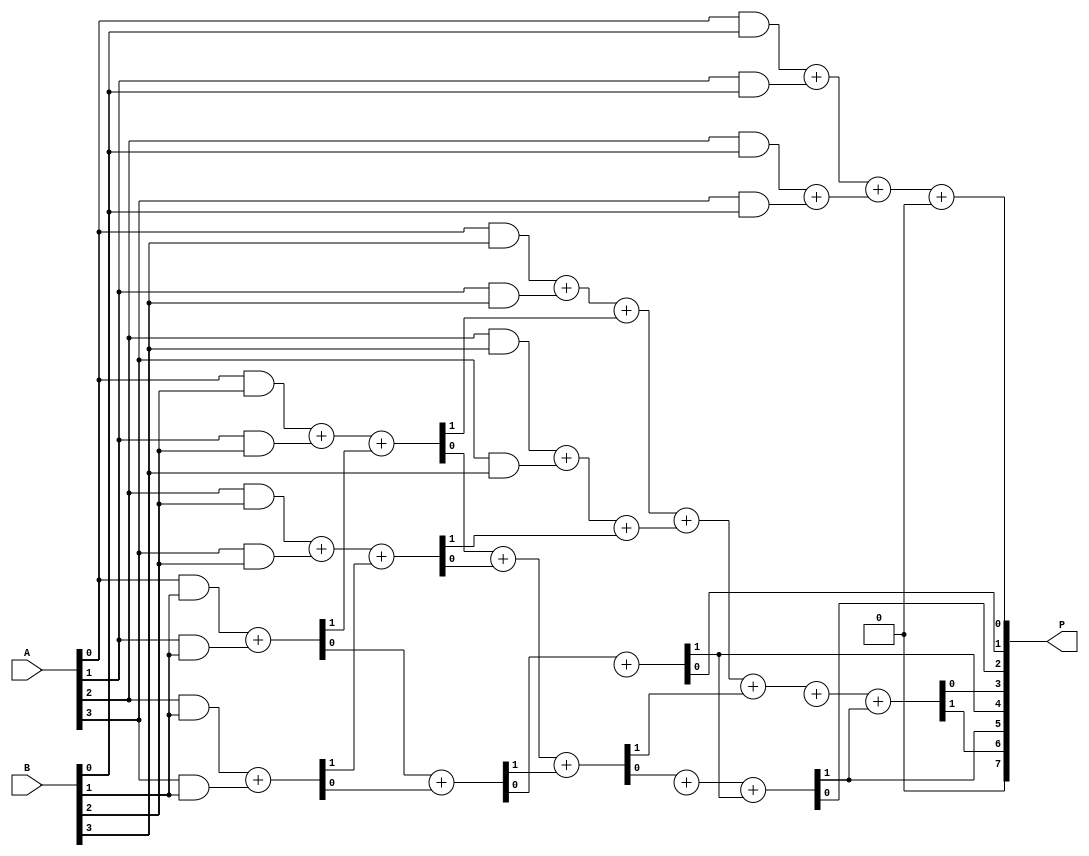
module dadda_multiplier (
    input [3:0] A, // First 4-bit input
    input [3:0] B, // Second 4-bit input
    output [7:0] P // 8-bit output for the product
);

    // Partial Product Generation
    wire [3:0] pp[3:0]; // Partial products
    genvar i, j;
    generate
        for (i = 0; i < 4; i = i + 1) begin : pp_gen
            for (j = 0; j < 4; j = j + 1) begin : pp_inner
                assign pp[i][j] = A[i] & B[j];
            end
        end
    endgenerate

    // Stage 1: Reduction Tree
    wire [3:0] s1[2:0]; // Sums for stage 1
    wire [3:0] c1[2:0]; // Carries for stage 1

    // First stage of reduction
    // Half adders and full adders
    // Combine pp[0] and pp[1]
    assign {c1[0][1], s1[0][1]} = pp[0][1] + pp[1][1]; // HA
    assign {c1[0][2], s1[0][2]} = pp[0][2] + pp[1][2] + c1[0][1]; // FA
    assign {c1[0][3], s1[0][3]} = pp[0][3] + pp[1][3] + c1[0][2]; // FA
    assign s1[0][0] = pp[0][0] + pp[1][0]; // Direct sum

    // Combine pp[2] and pp[3]
    assign {c1[1][1], s1[1][1]} = pp[2][1] + pp[3][1]; // HA
    assign {c1[1][2], s1[1][2]} = pp[2][2] + pp[3][2] + c1[1][1]; // FA
    assign {c1[1][3], s1[1][3]} = pp[2][3] + pp[3][3] + c1[1][2]; // FA
    assign s1[1][0] = pp[2][0] + pp[3][0]; // Direct sum

    // Stage 2: Combine results from stage 1
    wire [3:0] s2[1:0]; // Sums for stage 2
    wire [3:0] c2[1:0]; // Carries for stage 2

    // Combine s1[0] and s1[1]
    assign {c2[0][1], s2[0][1]} = s1[0][1] + s1[1][1]; // HA
    assign {c2[0][2], s2[0][2]} = s1[0][2] + s1[1][2] + c2[0][1]; // FA
    assign {c2[0][3], s2[0][3]} = s1[0][3] + s1[1][3] + c2[0][2]; // FA
    assign s2[0][0] = s1[0][0] + s1[1][0]; // Direct sum

    // Final addition
    assign {c2[1][1], P[1]} = s2[0][1] + s2[1][1]; // HA
    assign {c2[1][2], P[2]} = s2[0][2] + s2[1][2] + c2[1][1]; // FA
    assign {c2[1][3], P[3]} = s2[0][3] + s2[1][3] + c2[1][2]; // FA
    assign P[0] = s2[0][0] + s2[1][0]; // Direct sum

    // Final carry addition
    assign P[4] = c2[1][1];
    assign P[5] = c2[1][2];
    assign P[6] = c2[1][3];
    assign P[7] = 1'b0; // No overflow for 4-bit inputs

endmodule